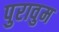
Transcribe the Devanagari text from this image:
पुरावुम